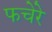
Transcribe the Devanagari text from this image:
फचेरे